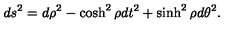
d s ^ { 2 } = d \rho ^ { 2 } - \cosh ^ { 2 } \rho d t ^ { 2 } + \sinh ^ { 2 } \rho d \theta ^ { 2 } .